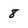
Character: 8